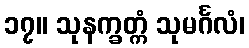
၁၇။ သုနက္ခတ္ကံ သုမင်္ဂလံ၊